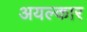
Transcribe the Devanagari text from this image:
अयल्कार